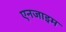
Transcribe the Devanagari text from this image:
एनजाइम